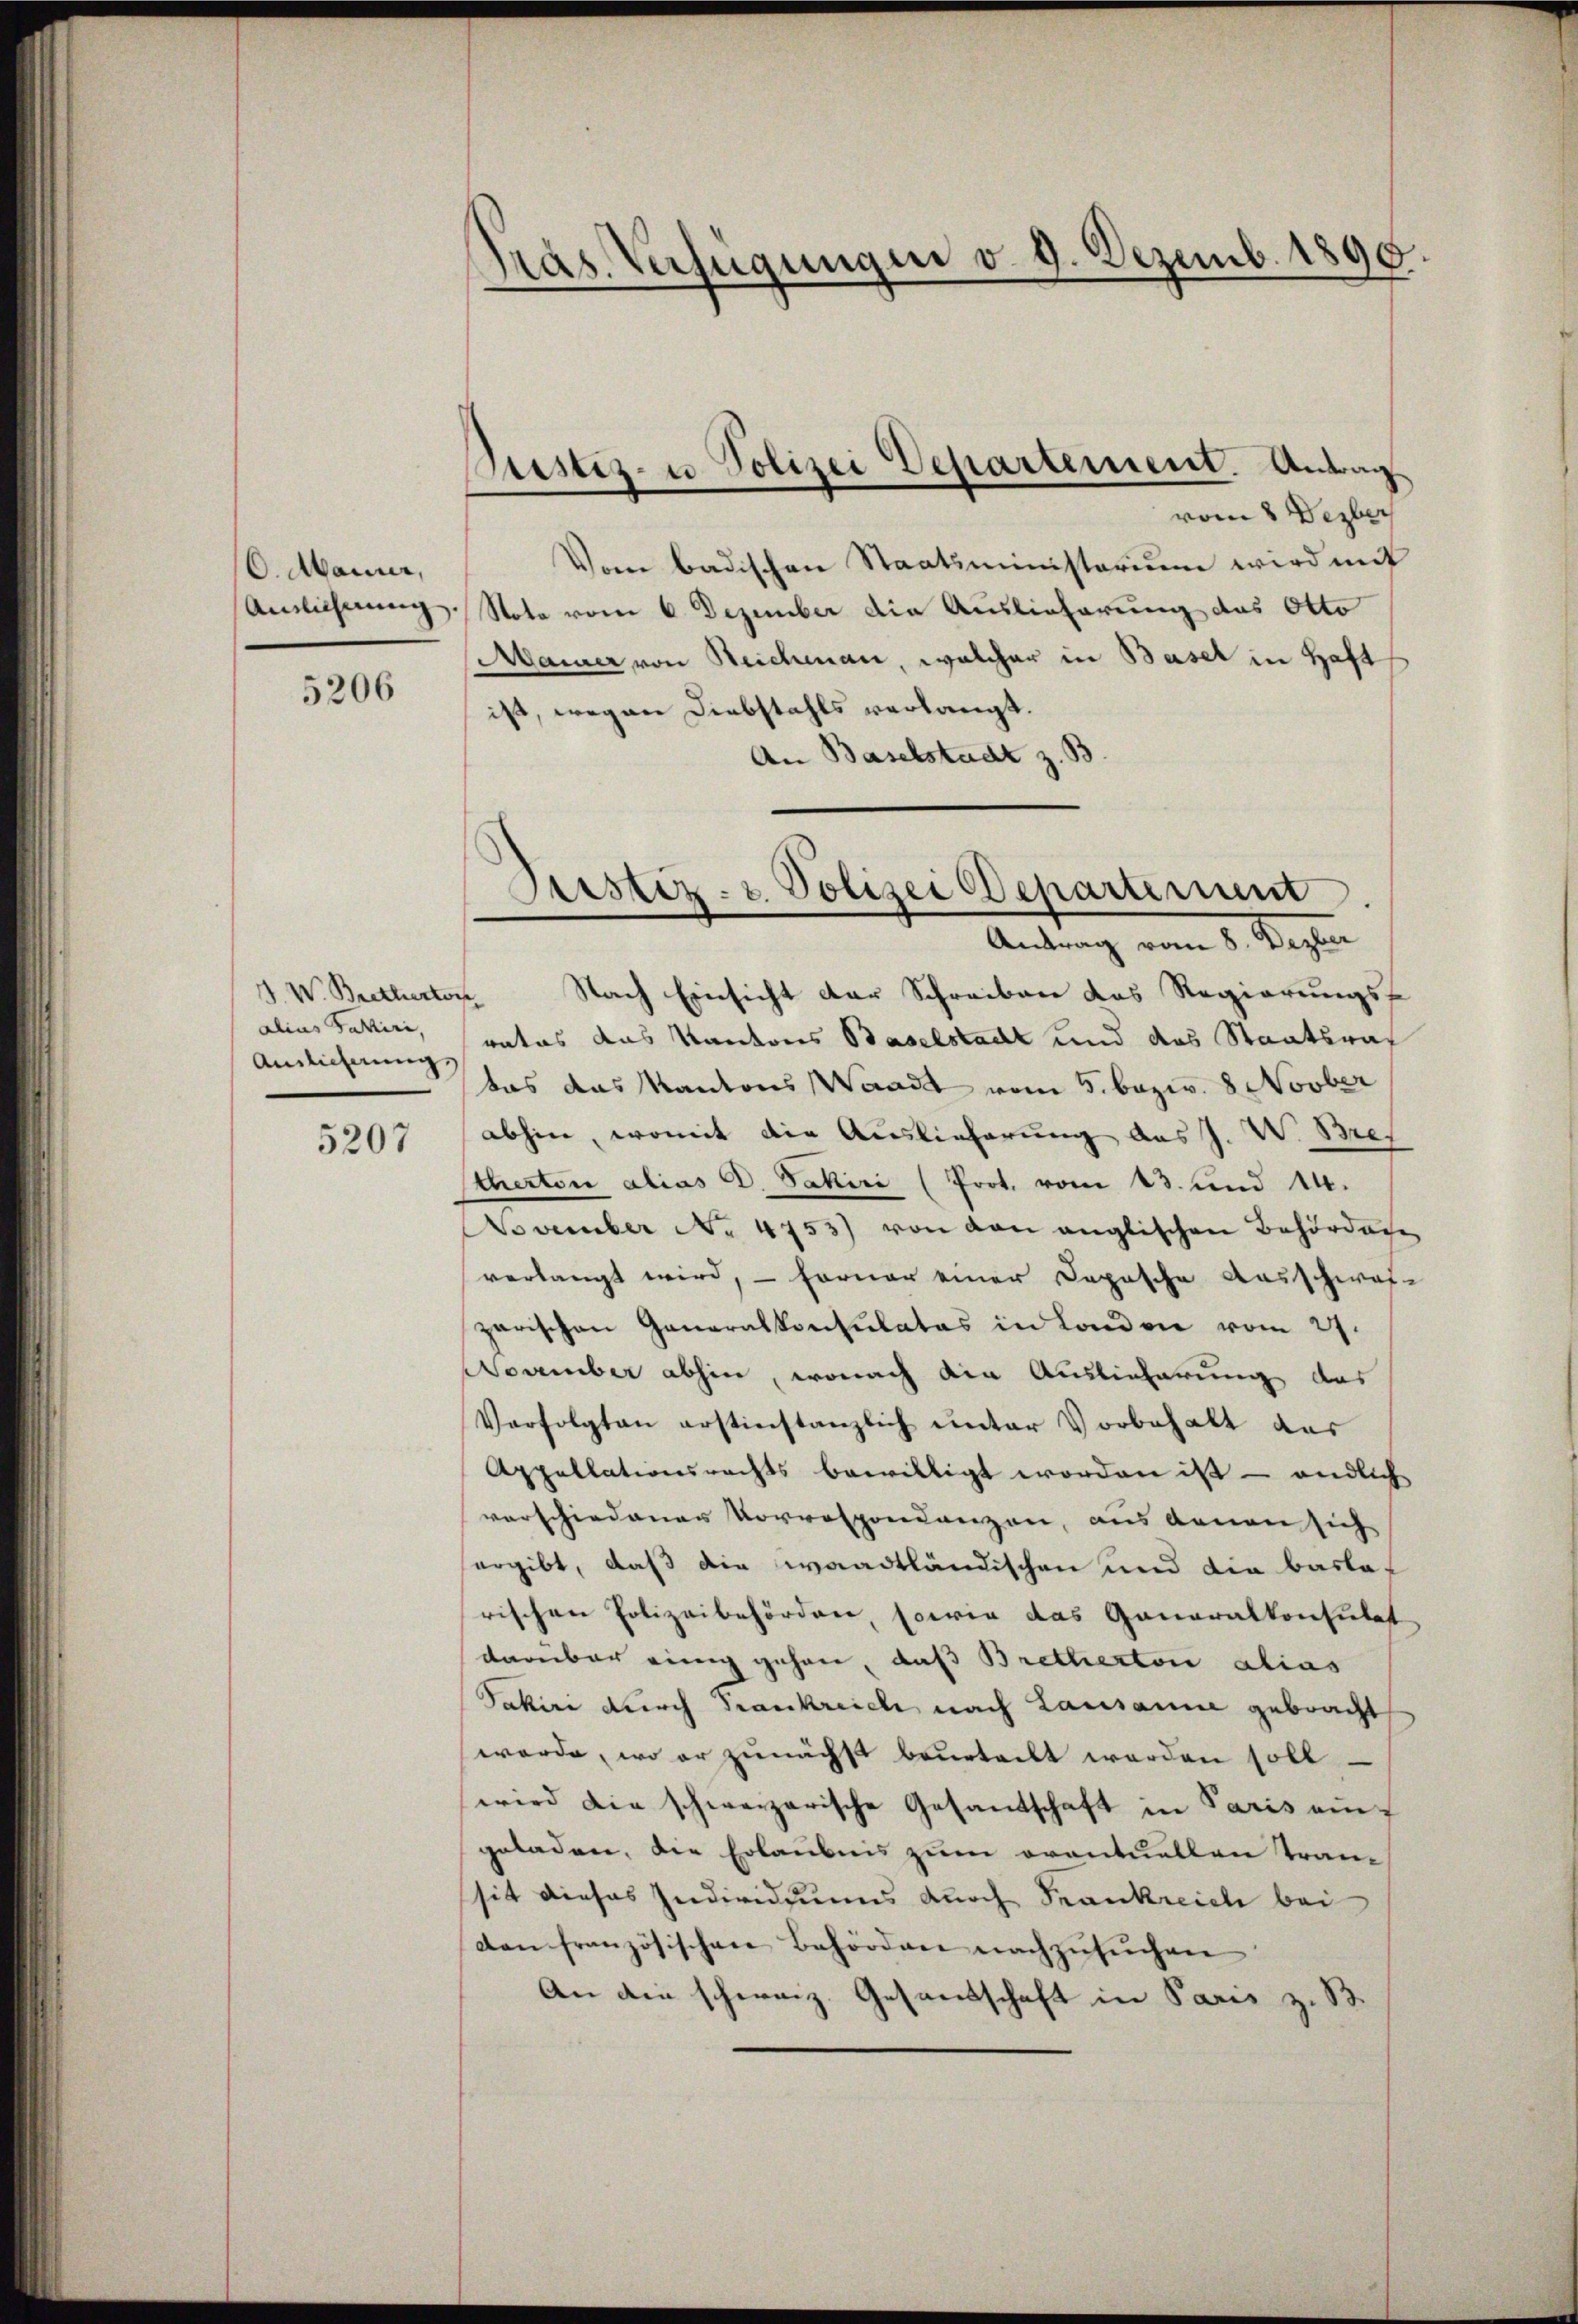
O. Maurer,
Ainlichnung.

5206

. W. Bretterton
alius Fatiri,
Ainlicherung

5207

Präs. Verfügungen v. 9. Dezemb. 1890

Pustiz- u Polizei Vepartement. Antrag

vom 8 Dezber
Vom badischen Staatsministerium wird mit
Note vom 6. Dezember die Auslieferung des Otto
Mainer von Reichmann, welcher in Basel in Haft
ist, wegen Diebstahls verlangt.
An Baselstadt z. B

Justiz- & Polizei Departement
Antrag vom 8. Dezber

Nach Einsicht der Schreiben das Regierungsf
rates das Kantons Baselstadt und das Staatsrat
das das Kantons Waadt vom 5. bezw. 8 Novber
abhin, womit die Auslieferung des J. W. Bref
therton alias d. Jakiri (Prot. vom 13. und 14.
November No. 4753) von den anglischen Behörden
verlangt wird, — ferner einer Depesche Ausschwaf-
zarischen Generalkonsulates in London vom 27.
November abhin, wonach die Auslieferung das
Verfolgten erstinstanzlich unter Vorbehalt das
Appellationsrechts bewilligt worden ist - endlich
verschiedener Vorrespondenzen, aus denen sich
ergibt, daß die waadtländischen und die baslarischen Polizeibehördere, sowie das Ganaralkonsulat
darüber einig gehen, daß Brettertoni alias
Pakiri durch Krankreich nach Lausanne gebracht
werde, wo er zunächst beurteilt werden soll
wird die schweizerische Gesandschaft in Paris auf
geladen, die Erlaubnis zum oventuellen Transit dieses Individuums durch Frankreich bei
dan französischen Behörden nachzŭsŭchen
An die schweiz. Gesandschaft in Paris z. B.